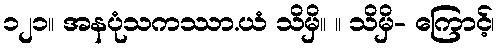
၁၂၁။ အနပုံသကဿာ.ယံ သိမှိ။ ။ သိမှိ- ကြောင့်၊